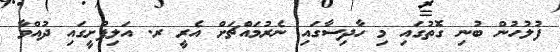
ފުލުހުން ބުނި ގޮތުގައި މި ހާދިސާގައި ނެރުމައްޗަށް އެރީ ރ. އަލިފުށީގައި ދުއްވާ